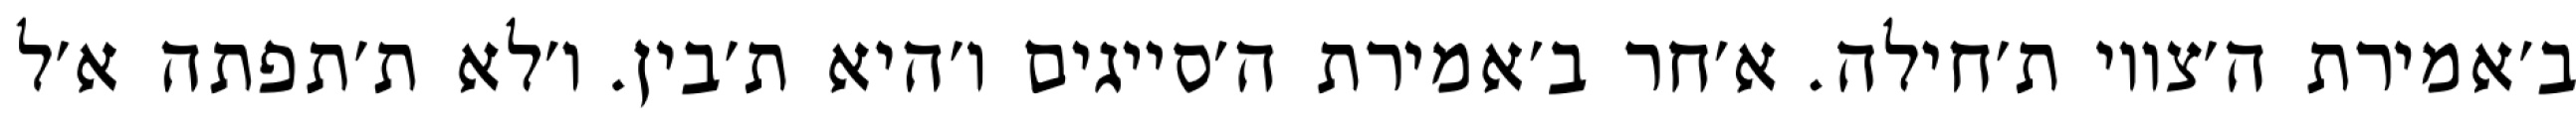
ב׳אמירת ה׳צווי ת׳חילה. א׳חר ב׳אמירת ה׳סייגים ו׳היא ת׳בין. ו׳לא ת׳תפתה א׳ל